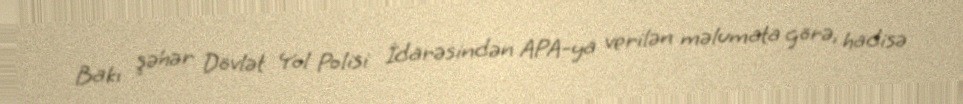
Bakı şəhər Dövlət Yol Polisi İdarəsindən APA-ya verilən məlumata görə, hadisə